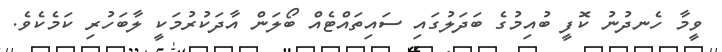
ވީމާ ހެނދުނު ކޮފީ ބުއިމުގެ ބަދަލުގައި ސައިތައްޓެއް ބޯލަން އާދަކުރުމަކީ ލާބަހުރި ކަމެކެވެ.